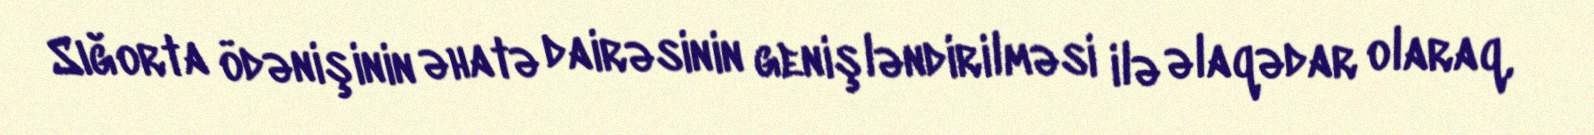
Sığorta ödənişinin əhatə dairəsinin genişləndirilməsi ilə əlaqədar olaraq,